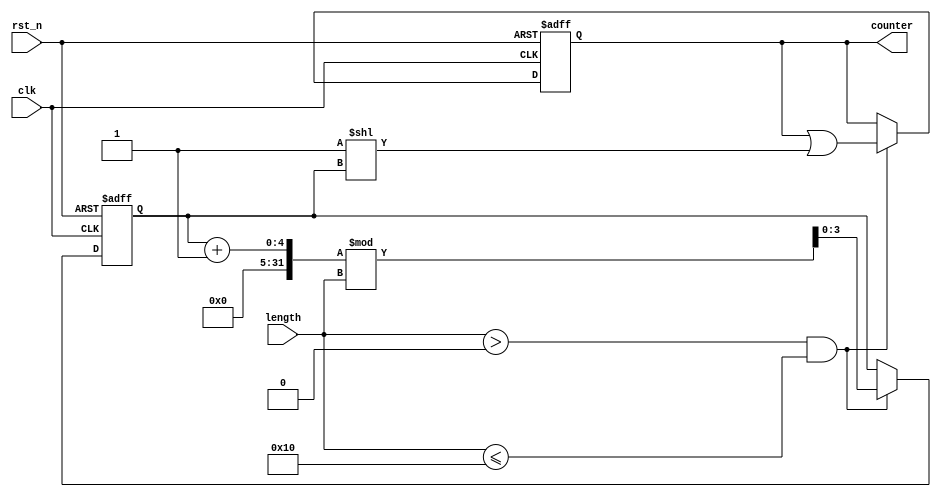
module variable_length_ring_counter (
    input wire clk,            // Clock input
    input wire rst_n,         // Asynchronous active low reset
    input wire [3:0] length,  // Control input to set the desired length of the counter (maximum 15)
    output reg [15:0] counter  // Output for the ring counter (up to 16 flip-flops)
);

    // Internal variable to track the current position of the active bit
    reg [3:0] active_index;

    always @(posedge clk or negedge rst_n) begin
        if (!rst_n) begin
            // Reset condition
            counter <= 16'b0000000000000001; // Initialize with the first flip-flop active
            active_index <= 0;               // Set the active index to the first position
        end else begin
            // Shift the active state if length is not zero
            if (length > 0 && length <= 16) begin
                // Clear the current active flip-flop
                counter <= counter & ~(1'b1 << active_index);
                
                // Update the active index for the next state
                active_index <= (active_index + 1) % length; // Wrap around the length
                // Set the next active flip-flop
                counter <= counter | (1'b1 << active_index);
            end
        end
    end

endmodule